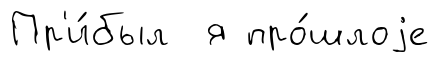
Пр'и́был я про́шлоjе